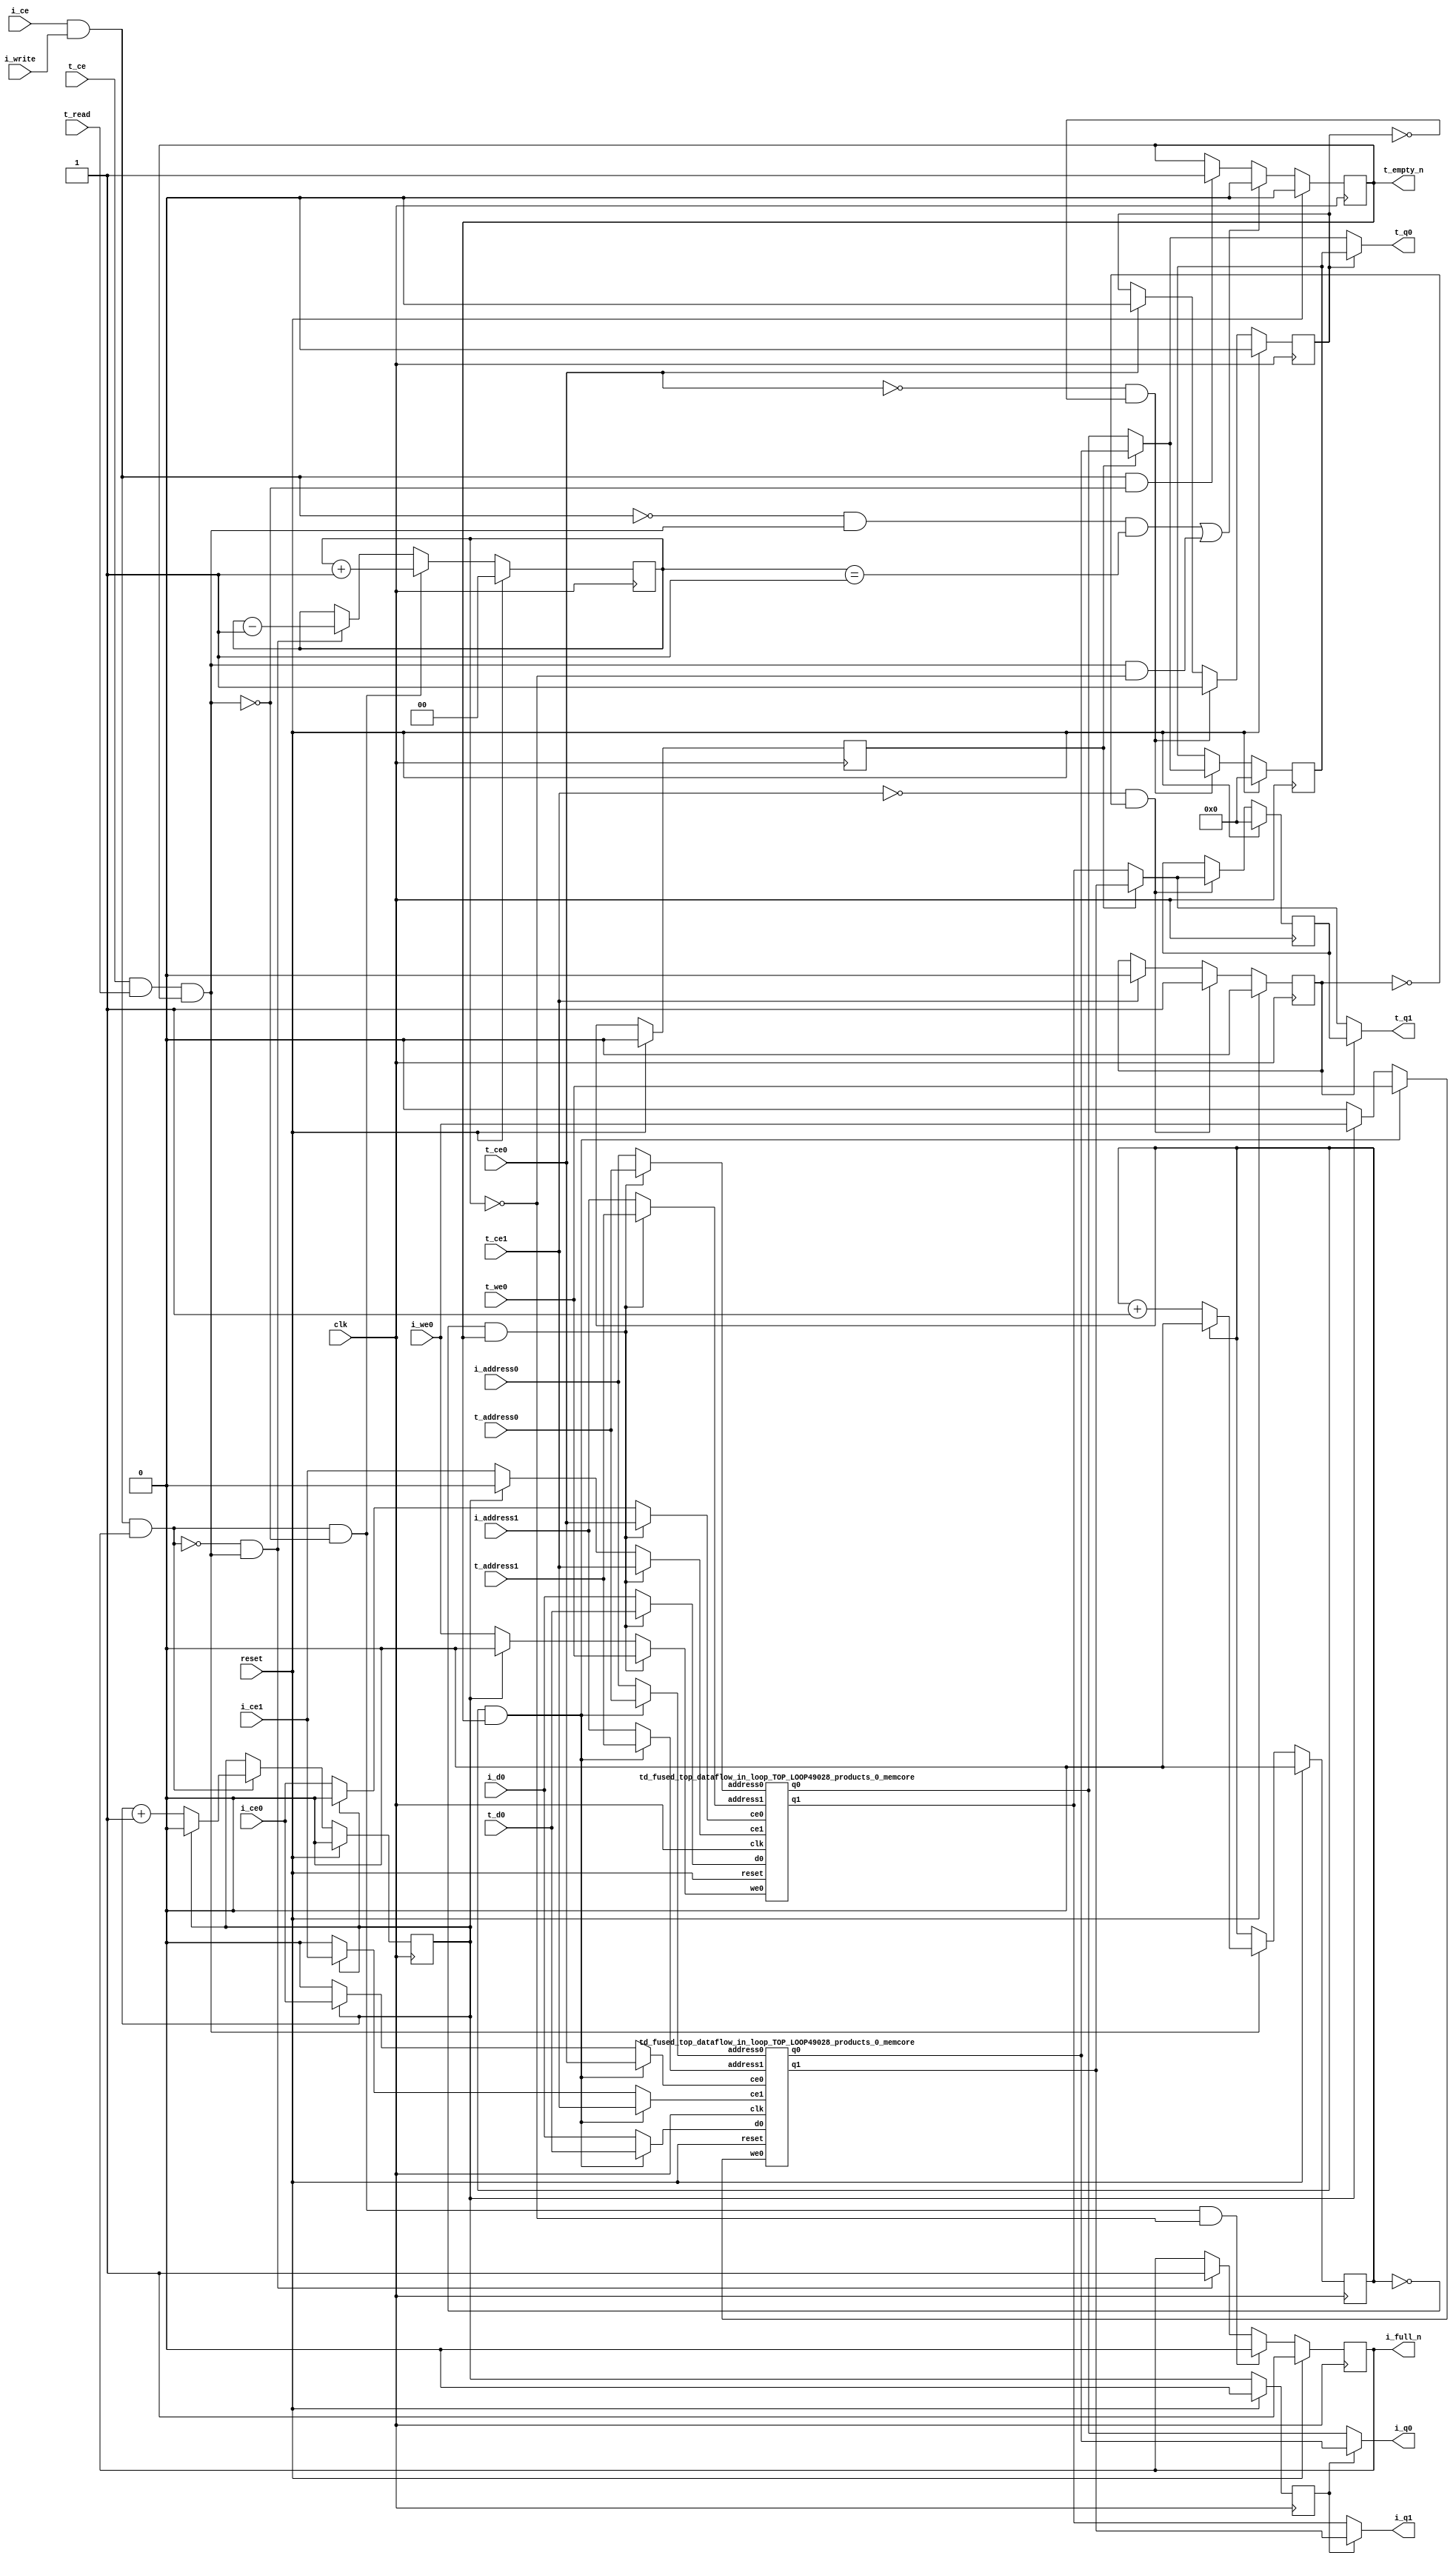
`define SIMULATION_MEMORY
`define EXPONENT 5
`define MANTISSA 10
`define ACTUAL_MANTISSA 11
`define EXPONENT_LSB 10
`define EXPONENT_MSB 14
`define MANTISSA_LSB 0
`define MANTISSA_MSB 9
`define MANTISSA_MUL_SPLIT_LSB 3
`define MANTISSA_MUL_SPLIT_MSB 9
`define SIGN 1
`define SIGN_LOC 15
`define DWIDTH (`SIGN+`EXPONENT+`MANTISSA)
`define IEEE_COMPLIANCE 1

module td_fused_top_dataflow_in_loop_TOP_LOOP49028_products_0
#(parameter
    DataWidth    = 16,
    AddressRange = 32,
    AddressWidth = 5,
    BufferCount  = 2,
    MemLatency   = 1,
    IndexWidth   = 1
) (
    // system signals
    input  wire                    clk,
    input  wire                    reset,
    // initiator
    input  wire                    i_ce,
    input  wire                    i_write,
    output wire                    i_full_n,
    input  wire                    i_ce0,
    input  wire                    i_we0,
    input  wire [AddressWidth-1:0] i_address0,
    input  wire [DataWidth-1:0]    i_d0,
    output wire [DataWidth-1:0]    i_q0,
    input  wire                    i_ce1,
    input  wire [AddressWidth-1:0] i_address1,
    output wire [DataWidth-1:0]    i_q1,
    // target
    input  wire                    t_ce,
    input  wire                    t_read,
    output wire                    t_empty_n,
    input  wire                    t_ce0,
    input  wire                    t_we0,
    input  wire [AddressWidth-1:0] t_address0,
    input  wire [DataWidth-1:0]    t_d0,
    output wire [DataWidth-1:0]    t_q0,
    input  wire                    t_ce1,
    input  wire [AddressWidth-1:0] t_address1,
    output wire [DataWidth-1:0]    t_q1
);
//------------------------Local signal-------------------
// control/status
reg  [IndexWidth-1:0]   iptr    = 1'b0; // initiator index
reg  [IndexWidth-1:0]   tptr    = 1'b0; // target index
reg  [IndexWidth-1:0]   prev_iptr    = 1'b0; // previous initiator index
reg  [IndexWidth-1:0]   prev_tptr    = 1'b0; // previous target index
reg  [DataWidth-1:0]    reg_q0      = 1'b0; // buffer used if reader is stalled
reg                     reg_valid0    = 1'b0; // buffer has valid data
reg  [DataWidth-1:0]    reg_q1      = 1'b0; // buffer used if reader is stalled
reg                     reg_valid1    = 1'b0; // buffer has valid data
reg  [IndexWidth:0]     count   = 1'b0; // count of written buffers
reg                     full_n  = 1'b1; // whether all buffers are written
reg                     empty_n = 1'b0; // whether none of the buffers is written
wire                    push_buf;       // finish writing a buffer
wire                    write_buf;      // write a buffer
wire                    pop_buf;        // finish reading a buffer
// buffer signals
wire [BufferCount-1:0] buf_ce0;
wire [BufferCount-1:0] buf_we0;
wire [AddressWidth-1:0] buf_a0_0, buf_a0_1;
wire [DataWidth-1:0] buf_d0_0, buf_d0_1;
wire [DataWidth-1:0] buf_q0_0, buf_q0_1;
wire [BufferCount-1:0] buf_ce1;
wire [AddressWidth-1:0] buf_a1_0, buf_a1_1;
wire [DataWidth-1:0] buf_q1_0, buf_q1_1;
//------------------------Instantiation------------------
//genvar i;
        td_fused_top_dataflow_in_loop_TOP_LOOP49028_products_0_memcore td_fused_top_dataflow_in_loop_TOP_LOOP49028_products_0_memcore_U_0 (
            .clk      ( clk ),
            .reset    ( reset ),
            .ce0      ( buf_ce0[ 0 ] ),
            .we0      ( buf_we0[ 0 ] ),
            .address0 ( buf_a0_0 ),
            .d0       ( buf_d0_0 ),
            .q0       ( buf_q0_0 ),
            .ce1      ( buf_ce1[ 0 ] ),
            .address1 ( buf_a1_0 ),
            .q1       ( buf_q1_0 )
        );
        td_fused_top_dataflow_in_loop_TOP_LOOP49028_products_0_memcore td_fused_top_dataflow_in_loop_TOP_LOOP49028_products_0_memcore_U_1 (
            .clk      ( clk ),
            .reset    ( reset ),
            .ce0      ( buf_ce0[ 1 ] ),
            .we0      ( buf_we0[ 1 ] ),
            .address0 ( buf_a0_1 ),
            .d0       ( buf_d0_1 ),
            .q0       ( buf_q0_1 ),
            .ce1      ( buf_ce1[ 1 ] ),
            .address1 ( buf_a1_1 ),
            .q1       ( buf_q1_1 )
        );

//++++++++++++++++++++++++buffer signals+++++++++++++++++
        assign buf_ce0[ 0 ] = (tptr ==  0  && empty_n) ? t_ce0
                             : (iptr ==  0 ) ? i_ce0 : 1'b0;
        assign buf_a0_0  = (tptr ==  0  && empty_n) ?  t_address0 : i_address0;
        assign buf_we0[ 0 ] = (tptr ==  0  && empty_n)  ? t_we0
                             : (iptr ==  0 ) ? i_we0 : 1'b0;
        assign buf_d0_0  = (tptr ==  0  && empty_n) ? t_d0       : i_d0;
        assign buf_ce1[ 0 ] = (tptr ==  0  && empty_n) ? t_ce1
                             : (iptr ==  0 ) ? i_ce1 : 1'b0;
        assign buf_a1_0  = (tptr ==  0  && empty_n) ?  t_address1 : i_address1;
        assign buf_ce0[ 1 ] = (tptr ==  1  && empty_n) ? t_ce0
                             : (iptr ==  1 ) ? i_ce0 : 1'b0;
        assign buf_a0_1  = (tptr ==  1  && empty_n) ?  t_address0 : i_address0;
        assign buf_we0[ 1 ] = (tptr ==  1  && empty_n)  ? t_we0
                             : (iptr ==  1 ) ? i_we0 : 1'b0;
        assign buf_d0_1  = (tptr ==  1  && empty_n) ? t_d0       : i_d0;
        assign buf_ce1[ 1 ] = (tptr ==  1  && empty_n) ? t_ce1
                             : (iptr ==  1 ) ? i_ce1 : 1'b0;
        assign buf_a1_1  = (tptr ==  1  && empty_n) ?  t_address1 : i_address1;
//+++++++++++++++++++++++++++++++++++++++++++++++++++++++

//------------------------Body---------------------------
assign i_q0      = (prev_iptr == 1'b1 ? buf_q0_1 : buf_q0_0);
assign t_q0      = reg_valid0 ? reg_q0 : (prev_tptr == 1'b1 ? buf_q0_1 : buf_q0_0);
assign i_q1      = (prev_iptr == 1'b1 ? buf_q1_1 : buf_q1_0);
assign t_q1      = reg_valid1 ? reg_q1 : (prev_tptr == 1'b1 ? buf_q1_1 : buf_q1_0);

//++++++++++++++++++++++++output+++++++++++++++++++++++++
assign i_full_n  = full_n;
assign t_empty_n = empty_n;
//+++++++++++++++++++++++++++++++++++++++++++++++++++++++

//++++++++++++++++++++++++control/status+++++++++++++++++
assign push_buf = i_ce & i_write & full_n;
assign write_buf = i_ce & i_write;
assign pop_buf  = t_ce & t_read & empty_n;

// iptr
always @(posedge clk) begin
    if (reset == 1'b1)
        iptr <= 1'b0;
    else if (push_buf) begin
        if (iptr == BufferCount - 1'b1)
            iptr <= 1'b0;
        else
            iptr <= iptr + 1'b1;
    end
end

// tptr
always @(posedge clk) begin
    if (reset == 1'b1)
        tptr <= 1'b0;
    else if (pop_buf) begin
        if (tptr == BufferCount - 1'b1)
            tptr <= 1'b0;
        else
            tptr <= tptr + 1'b1;
    end
end

// prev_iptr
always @(posedge clk) begin
    if (reset == 1'b1)
        prev_iptr <= 1'b0;
    else begin
        prev_iptr <= iptr;
    end
end

// prev_tptr
always @(posedge clk) begin
    if (reset == 1'b1)
        prev_tptr <= 1'b0;
    else begin
        prev_tptr <= tptr;
    end
end

// reg_q0 and reg_valid0
always @(posedge clk) begin
    if (reset == 1'b1) begin
        reg_q0     <= 1'b0;
        reg_valid0 <= 1'b0;
    end else if (!t_ce0 && !reg_valid0) begin
        reg_q0     <= (prev_tptr == 1'b1 ? buf_q0_1 : buf_q0_0);
        reg_valid0 <= 1'b1;
    end else if (t_ce0) begin
        reg_valid0 <= 1'b0;
    end
end

// reg_q1 and reg_valid1
always @(posedge clk) begin
    if (reset == 1'b1) begin
        reg_q1     <= 1'b0;
        reg_valid1 <= 1'b0;
    end else if (!t_ce1 && !reg_valid1) begin
        reg_q1     <= (prev_tptr == 1'b1 ? buf_q1_1 : buf_q1_0);
        reg_valid1 <= 1'b1;
    end else if (t_ce1) begin
        reg_valid1 <= 1'b0;
    end
end

// count
always @(posedge clk) begin
    if (reset == 1'b1)
        count <= 1'b0;
    else if (push_buf && !pop_buf)
        count <= count + 1'b1;
    else if (!push_buf && pop_buf)
        count <= count - 1'b1;
end

// full_n
always @(posedge clk) begin
    if (reset == 1'b1)
        full_n <= 1'b1;
    else if (push_buf && !pop_buf && count == BufferCount - 2'd2)
        full_n <= 1'b0;
    else if (!push_buf && pop_buf)
        full_n <= 1'b1;
end

// empty_n
always @(posedge clk) begin
    if (reset == 1'b1)
        empty_n <= 1'b0;
    else if ((!write_buf && pop_buf && count == 1'b1)
             || (pop_buf && count == 1'b0))
        empty_n <= 1'b0;
    else if (write_buf && !pop_buf)
        empty_n <= 1'b1;
end
//+++++++++++++++++++++++++++++++++++++++++++++++++++++++

endmodule
module td_fused_top_dataflow_in_loop_TOP_LOOP49028_products_0_memcore(
    reset,
    clk,
    address0,
    ce0,
    we0,
    d0,
    q0,
    address1,
    ce1,
    q1);

parameter DataWidth = 32'd16;
parameter AddressRange = 32'd32;
parameter AddressWidth = 32'd5;
input reset;
input clk;
input[AddressWidth - 1:0] address0;
input ce0;
input we0;
input[DataWidth - 1:0] d0;
output[DataWidth - 1:0] q0;
input[AddressWidth - 1:0] address1;
input ce1;
output[DataWidth - 1:0] q1;



/*td_fused_top_dataflow_in_loop_TOP_LOOP49028_products_0_memcore_ram td_fused_top_dataflow_in_loop_TOP_LOOP49028_products_0_memcore_ram_U(
    .clk( clk ),
    .addr0( address0 ),
    .ce0( ce0 ),
    .we0( we0 ),
    .d0( d0 ),
    .q0( q0 ),
    .addr1( address1 ),
    .ce1( ce1 ),
    .q1( q1 ));*/

wire wren0, wren1;
assign wren0 = we0 & ce0;
assign wren1 = 1'b0; //we1 & ce1;
wire [DataWidth-1:0] d1;
dpram
#(.AWIDTH(AddressWidth),
  .NUM_WORDS(AddressRange),
  .DWIDTH(DataWidth))
td_fused_top_dataflow_in_loop_TOP_LOOP49028_products_0_memcore_ram_U(
   .clk(clk),
   .address_a(address0),
   .address_b(address1),
   .wren_a(wren0),
   .wren_b(wren1),
   .data_a(d0),
   .data_b(d1),
   .out_a(q0),
   .out_b(q1)
);

endmodule

module dpram (

    clk,

    address_a,

    address_b,

    wren_a,

    wren_b,

    data_a,

    data_b,

    out_a,

    out_b

);

parameter AWIDTH=10;

parameter NUM_WORDS=1024;

parameter DWIDTH=32;

input clk;

input [(AWIDTH-1):0] address_a;

input [(AWIDTH-1):0] address_b;

input  wren_a;

input  wren_b;

input [(DWIDTH-1):0] data_a;

input [(DWIDTH-1):0] data_b;

output reg [(DWIDTH-1):0] out_a;

output reg [(DWIDTH-1):0] out_b;



`ifdef SIMULATION_MEMORY



reg [DWIDTH-1:0] ram[NUM_WORDS-1:0];

always @ (posedge clk) begin 

  if (wren_a) begin

      ram[address_a] <= data_a;

  end

  else begin

      out_a <= ram[address_a];

  end

end

  

always @ (posedge clk) begin 

  if (wren_b) begin

      ram[address_b] <= data_b;

  end 

  else begin

      out_b <= ram[address_b];

  end

end



`else



dual_port_ram u_dual_port_ram(

.addr1(address_a),

.we1(wren_a),

.data1(data_a),

.out1(out_a),

.addr2(address_b),

.we2(wren_b),

.data2(data_b),

.out2(out_b),

.clk(clk)

);

`endif

endmodule